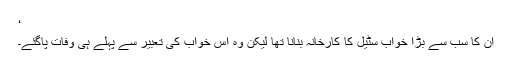
‘
ان کا سب سے بڑا خواب سٹیل کا کارخانہ بنانا تھا لیکن وہ اس خواب کی تعبیر سے پہلے ہی وفات پاگئے۔